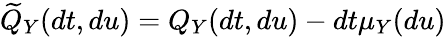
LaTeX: \widetilde{Q}_{Y}(dt,du)=Q_{Y}(dt,du)-dt\mu_{Y}(du)